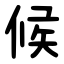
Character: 候